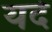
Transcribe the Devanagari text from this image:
यदे